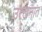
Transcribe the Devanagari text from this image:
उत्खनात